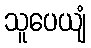
သူပေယျံ